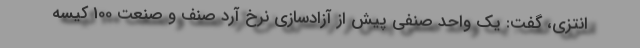
انتزی، گفت: یک واحد صنفی پیش از آزادسازی نرخ آرد صنف و صنعت 100 کیسه